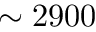
\sim 2 9 0 0